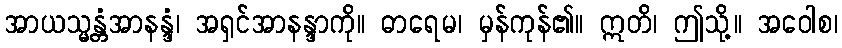
အာယသ္မန္တံအာနန္ဒံ၊ အရှင်အာနန္ဒာကို။ ဓာရေမ၊ မှန်ကုန်၏။ ဣတိ၊ ဤသို့။ အဝေါစ၊